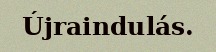
Újraindulás.